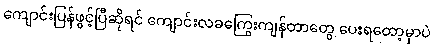
ကျောင်းပြန်ဖွင့်ပြီဆိုရင် ကျောင်းလခကြွေးကျန်တာတွေ ပေးရတော့မှာပဲ